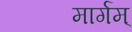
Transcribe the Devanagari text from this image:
मार्गम्‌